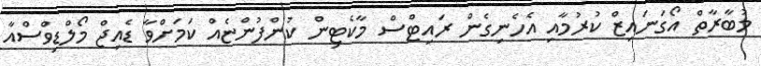
މުބާރާތް އޯގަނައިޒް ކުރުމާއި އެހެނިގެން ރައިޓްސް މާކެޓިން ކުންފުންޏެއް ކަމަށްވާ ޑެއިޖް މޯލްޑިވްސްއާ